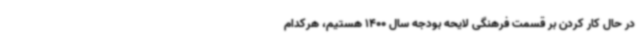
در حال کار کردن بر قسمت فرهنگی لایحه بودجه سال 1400 هستیم، هرکدام